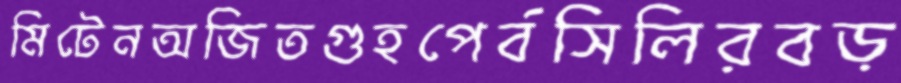
মিটেনঅজিতগুহপের্বসিলিরবড়